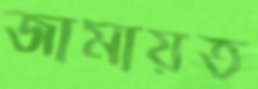
জামায়ত